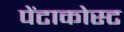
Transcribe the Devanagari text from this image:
पेंटाकोस्ट